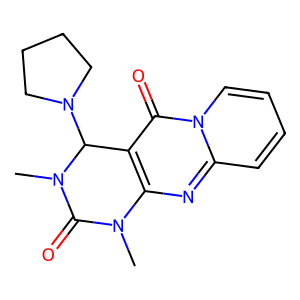
SMILES: CN1C(=O)N(C)C(N2CCCC2)c2c1nc1ccccn1c2=O
Inhibits HIV replication: No